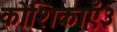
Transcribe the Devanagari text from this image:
कोशिकाएँ३